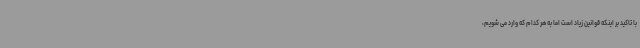
با تاکید بر اینکه قوانین زیاد است اما به هر کدام که وارد می شویم،